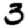
Digit: 3